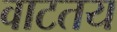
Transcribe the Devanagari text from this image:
वाटतय